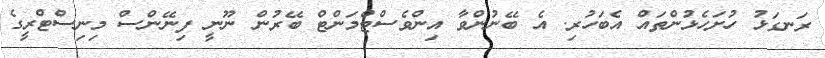
ރަނގަޅު ހުށަހެޅުންތައް އެބަހުރި. އެ ބޭނުންވާ އިންވެސްޓްމަންޓް ބޭރުން ނޫނީ ފިނޭންސް މިނިސްޓްރީގެ